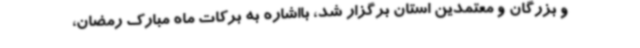
و بزرگان و معتمدین استان برگزار شد، بااشاره به برکات ماه مبارک رمضان،